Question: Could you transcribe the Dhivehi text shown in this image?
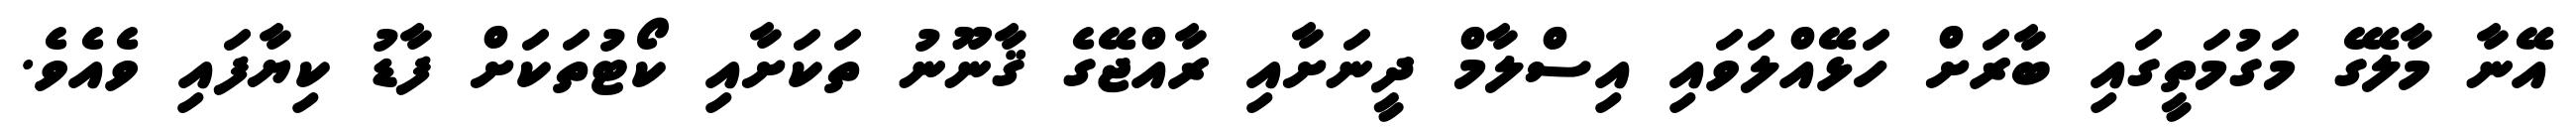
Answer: އޭނާ މާލޭގެ މަގުމަތީގައި ބާރަށް ހަޅޭއްލަވައި އިސްލާމް ދީނަށާއި ރާއްޖޭގެ ޤާނޫނު ތަކަށާއި ކޯޓުތަކަށް ފާޑު ކިޔާފައި ވެއެވެ.